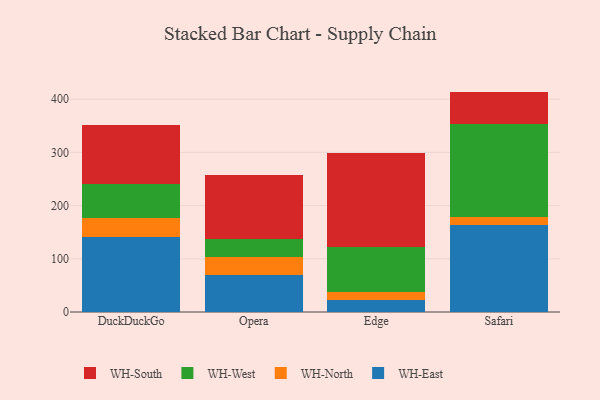
{"axis": {"x": "Browser", "y": "Backlog"}, "legend": ["WH-East", "WH-North", "WH-South", "WH-West"], "data": [{"x": "DuckDuckGo", "y": 141.7, "type": "WH-East"}, {"x": "DuckDuckGo", "y": 34.9, "type": "WH-North"}, {"x": "DuckDuckGo", "y": 63.1, "type": "WH-West"}, {"x": "DuckDuckGo", "y": 111.1, "type": "WH-South"}, {"x": "Opera", "y": 70.1, "type": "WH-East"}, {"x": "Opera", "y": 32.7, "type": "WH-North"}, {"x": "Opera", "y": 34.1, "type": "WH-West"}, {"x": "Opera", "y": 120.5, "type": "WH-South"}, {"x": "Edge", "y": 23.5, "type": "WH-East"}, {"x": "Edge", "y": 14.7, "type": "WH-North"}, {"x": "Edge", "y": 83.8, "type": "WH-West"}, {"x": "Edge", "y": 177.2, "type": "WH-South"}, {"x": "Safari", "y": 163.4, "type": "WH-East"}, {"x": "Safari", "y": 15.4, "type": "WH-North"}, {"x": "Safari", "y": 174.5, "type": "WH-West"}, {"x": "Safari", "y": 60.9, "type": "WH-South"}]}